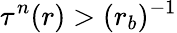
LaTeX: \tau^{n}(r)>(r_{b})^{-1}